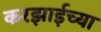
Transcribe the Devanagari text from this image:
करझाईच्या